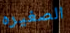
الصغيره